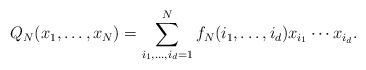
LaTeX: \begin{align*}Q_N(x_1,\dots, x_N) = \sum_{i_1,\dots, i_d=1}^{N}f_N(i_1,\dots,i_d)x_{i_1}\cdots x_{i_d}.\end{align*}